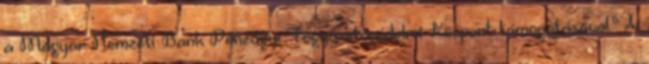
a Magyar Nemzeti Bank Pénzügyi Fogyasztóvédelmi Központ támogatásával." A